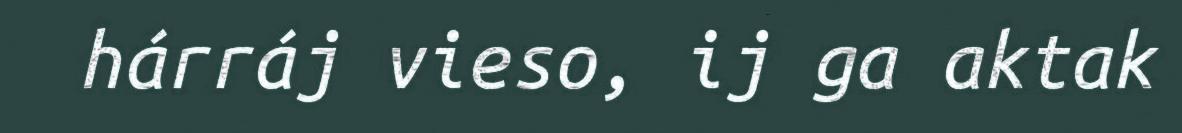
hárráj vieso, ij ga aktak